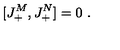
[ J _ { + } ^ { M } , J _ { + } ^ { N } ] = 0 \ .